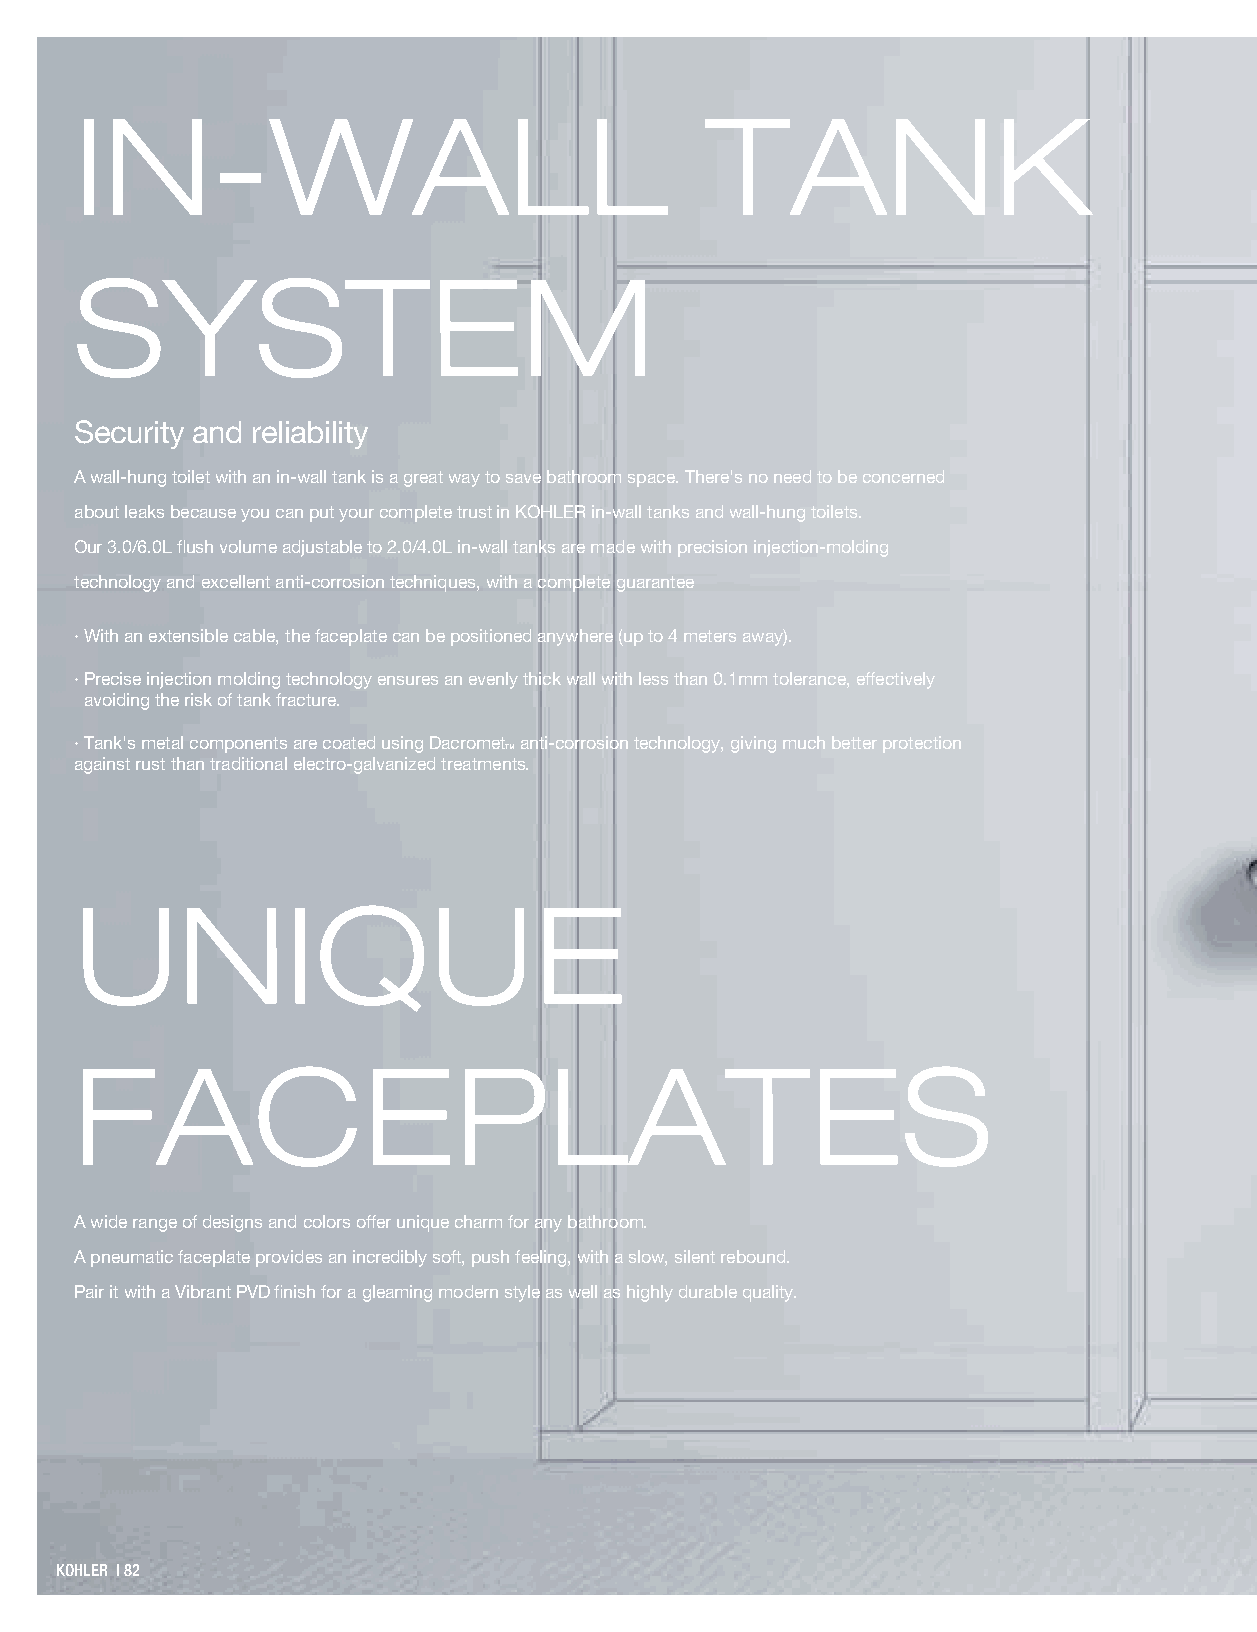
IN-WALL                                   TANK
 SYSTEM
 Security and reliability
 A wall-hung toilet with an in-wall tank is a great way to save bathroom space. There's no need to be concerned
 about leaks because you can put your complete trust in KOHLER in-wall tanks and wall-hung toilets.
 Our 3.0/6.0L flush volume adjustable to 2.0/4.0L in-wall tanks are made with precision injection-molding
 technology and exce.llent anti-corrosion techniques, with a complete guarantee
 · With an extensible cable, the faceplate can be positioned anywhere (up to 4 meters away).
 · Precise injection molding technology ensures an evenly thick wall with less than 0.1mm tolerance, effectively
 avoiding the risk of tank fracture.
 · Tank's metal components are coated using Dacromet anti-corrosion technology, giving much better protection
 TM
 against rust than traditional electro-galvanized treatments.
 UNIQUE
 FACEPLATES
 A wide range of designs and colors offer unique charm for any bathroom.
 A pneumatic faceplate provides an incredibly soft, push feeling, with a slow, silent rebound.
 Pair it with a Vibrant PVD finish for a gleaming modern style as well as highly durable quality.
 KKOOHHLLEERR || 8822